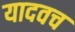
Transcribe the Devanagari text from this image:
यादवच